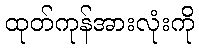
ထုတ်ကုန်အားလုံးကို